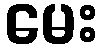
မေး